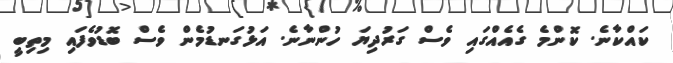
ކައްކާނެ. ކޮންމެ ގެއެއްގައި ވެސް ގަރުދިޔަ ހުންނާނެ. އަޅުގަނޑުމެން ވެސް ބޮޑުވެފައި މިތިބީ